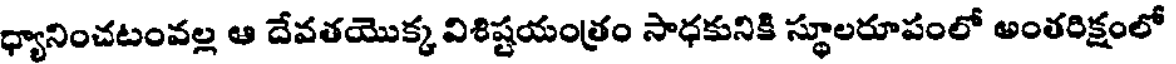
ధ్యానించటంవల్ల ఆ దేవతయొక్క విశిష్టయంత్రం సాధకునికి స్థూలరూపంలో అంతరిక్షంలో